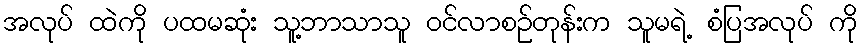
အလုပ် ထဲကို ပထမဆုံး သူ့ဘာသာသူ ဝင်လာစဉ်တုန်းက သူမရဲ့ စံပြအလုပ် ကို